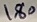
Text: 180